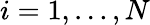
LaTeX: i=1,\dots,N